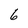
Character: 6